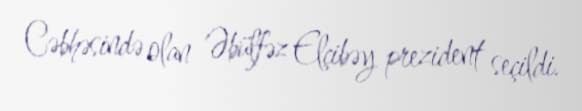
Cəbhəsində olan Əbülfəz Elçibəy prezident seçildi.